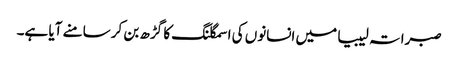
صبراتہ لیبیا میں انسانوں کی اسمگلنگ کا گڑھ بن کر سامنے آیا ہے۔